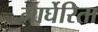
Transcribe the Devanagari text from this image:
मार्घेरिता